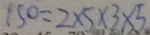
1 5 0 = 2 \times 5 \times 3 \times 5